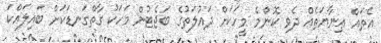
އެތައް ޢިނާޔަތެއް ދެވި ކޮންމެ މީހަކަށް ދައުލަތުގެ ބަޖެޓުން މަހަކު ގާތްގަނޑަކަށް ބައިލައްކަ